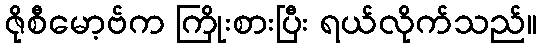
ဇိုစီမော့ဗ်က ကြိုးစားပြီး ရယ်လိုက်သည်။